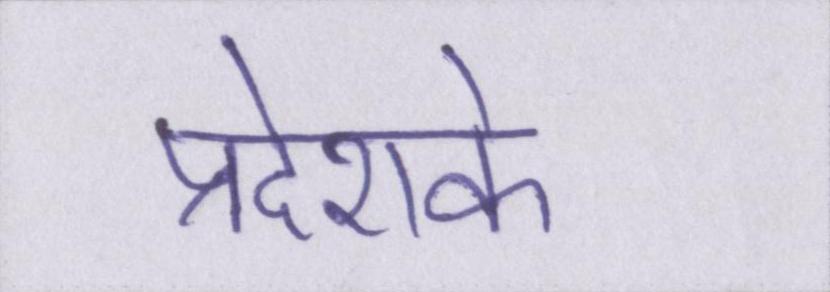
प्रदेशके